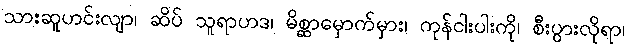
သားဆူဟင်းလျာ၊ ဆိပ် သူရာဟဒ၊ မိစ္ဆာမှောက်မှား၊ ကုန်ငါးပါးကို၊ စီးပွားလိုရာ၊